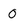
Character: O